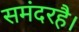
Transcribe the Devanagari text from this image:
समंदरहै।